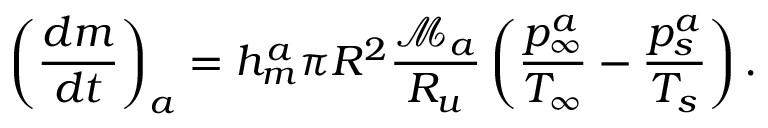
\left( \frac { d m } { d t } \right) _ { a } = h _ { m } ^ { a } \pi R ^ { 2 } \frac { \mathcal { M } _ { a } } { { \cal R } _ { u } } \left( \frac { p _ { \infty } ^ { a } } { T _ { \infty } } - \frac { p _ { s } ^ { a } } { T _ { s } } \right) .